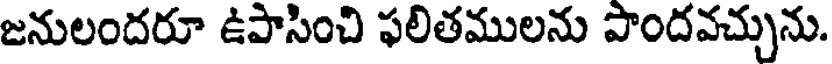
జనులందరూ ఉపాసించి ఫలితములను పొందవచ్చును.